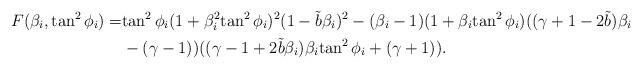
LaTeX: \begin{align*}F(\beta_i, \tan^2{\phi_i})=&{\tan^2{\phi_i}}(1+{\beta^2_i}{\tan^2{\phi_i}})^2(1-\tilde{b}\beta_i)^2-(\beta_i-1)(1+\beta_i{\tan^2{\phi_i}})((\gamma+1-2\tilde{b})\beta_i\\&-(\gamma-1))((\gamma-1+2\tilde{b}{\beta_i}){\beta_i}{\tan^2{\phi_i}}+(\gamma+1)).\end{align*}